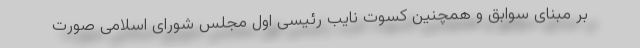
بر مبنای سوابق و همچنین کسوت نایب رئیسی اول مجلس شورای اسلامی صورت